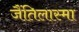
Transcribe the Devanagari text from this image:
जैंतिलास्मा